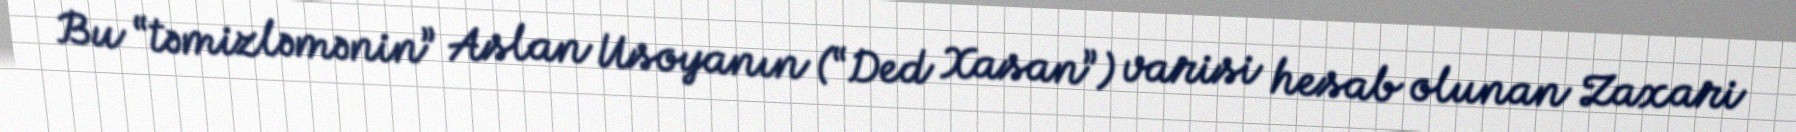
Bu “təmizləmənin” Aslan Usoyanın (“Ded Xasan”) varisi hesab olunan Zaxari